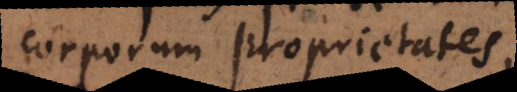
corporum proprietates;